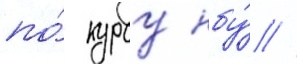
по́ курсу нбу́ //